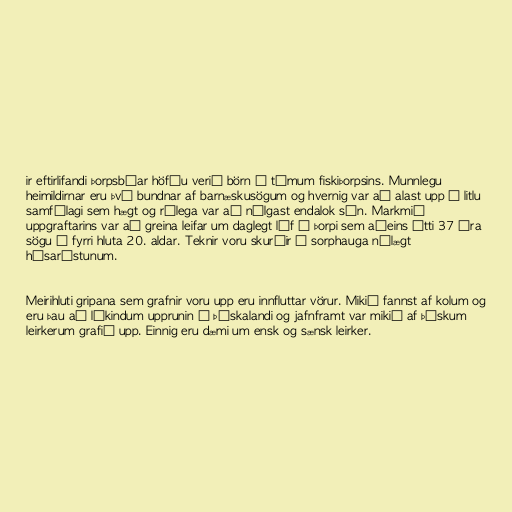
ir eftirlifandi þorpsbúar höfðu verið börn á tímum fiskiþorpsins. Munnlegu
heimildirnar eru því bundnar af barnæskusögum og hvernig var að alast upp í litlu
samfélagi sem hægt og rólega var að nálgast endalok sín. Markmið
uppgraftarins var að greina leifar um daglegt líf í þorpi sem aðeins átti 37 ára
sögu á fyrri hluta 20. aldar. Teknir voru skurðir í sorphauga nálægt
húsarústunum.

Meirihluti gripana sem grafnir voru upp eru innfluttar vörur. Mikið fannst af kolum og
eru þau að líkindum upprunin í Þýskalandi og jafnframt var mikið af þýskum
leirkerum grafið upp. Einnig eru dæmi um ensk og sænsk leirker.